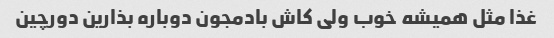
غذا مثل همیشه خوب ولی کاش بادمجون دوباره بذارین دورچین